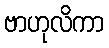
ဗာဟုလိကာ